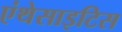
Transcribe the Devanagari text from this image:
एंथेसाइटिस